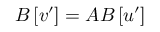
B \left[ v ^ { \prime } \right] = A B \left[ u ^ { \prime } \right]